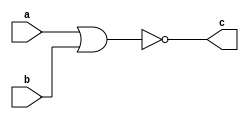
`timescale 1ns / 1ps
//////////////////////////////////////////////////////////////////////////////////
// Company: 
// Engineer: 
// 
// Design Name: 
// Module Name: norgate
// Project Name: 
// Target Devices: 
// Tool Versions: 
// Description: 
// 
// Dependencies: 
// 
// Revision:
// Revision 0.01 - File Created
// Additional Comments:
// 
//////////////////////////////////////////////////////////////////////////////////


module norgate
#(parameter WIDTH = 8)
    (
    input[(WIDTH-1):0] a,
    input[(WIDTH-1):0] b,
    output[(WIDTH-1):0] c
    );
    assign c = ~(a|b);
endmodule